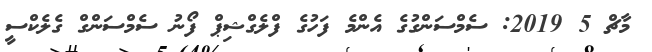
މާޗް 5 2019: ސެމްސަންގުގެ އެންމެ ފަހުގެ ފްލެގްޝިޕް ފޯނު ސެމްސަންގް ގެލެކްސީ